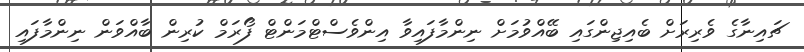
ޗައިނާގެ ވެރިރަށް ބެއިޖިންގައި ބޭއްވުމަށް ނިންމާފައިވާ އިންވެސްޓްމަންޓް ފޯރަމް ކުރިން ބާއްވަން ނިންމާފައި